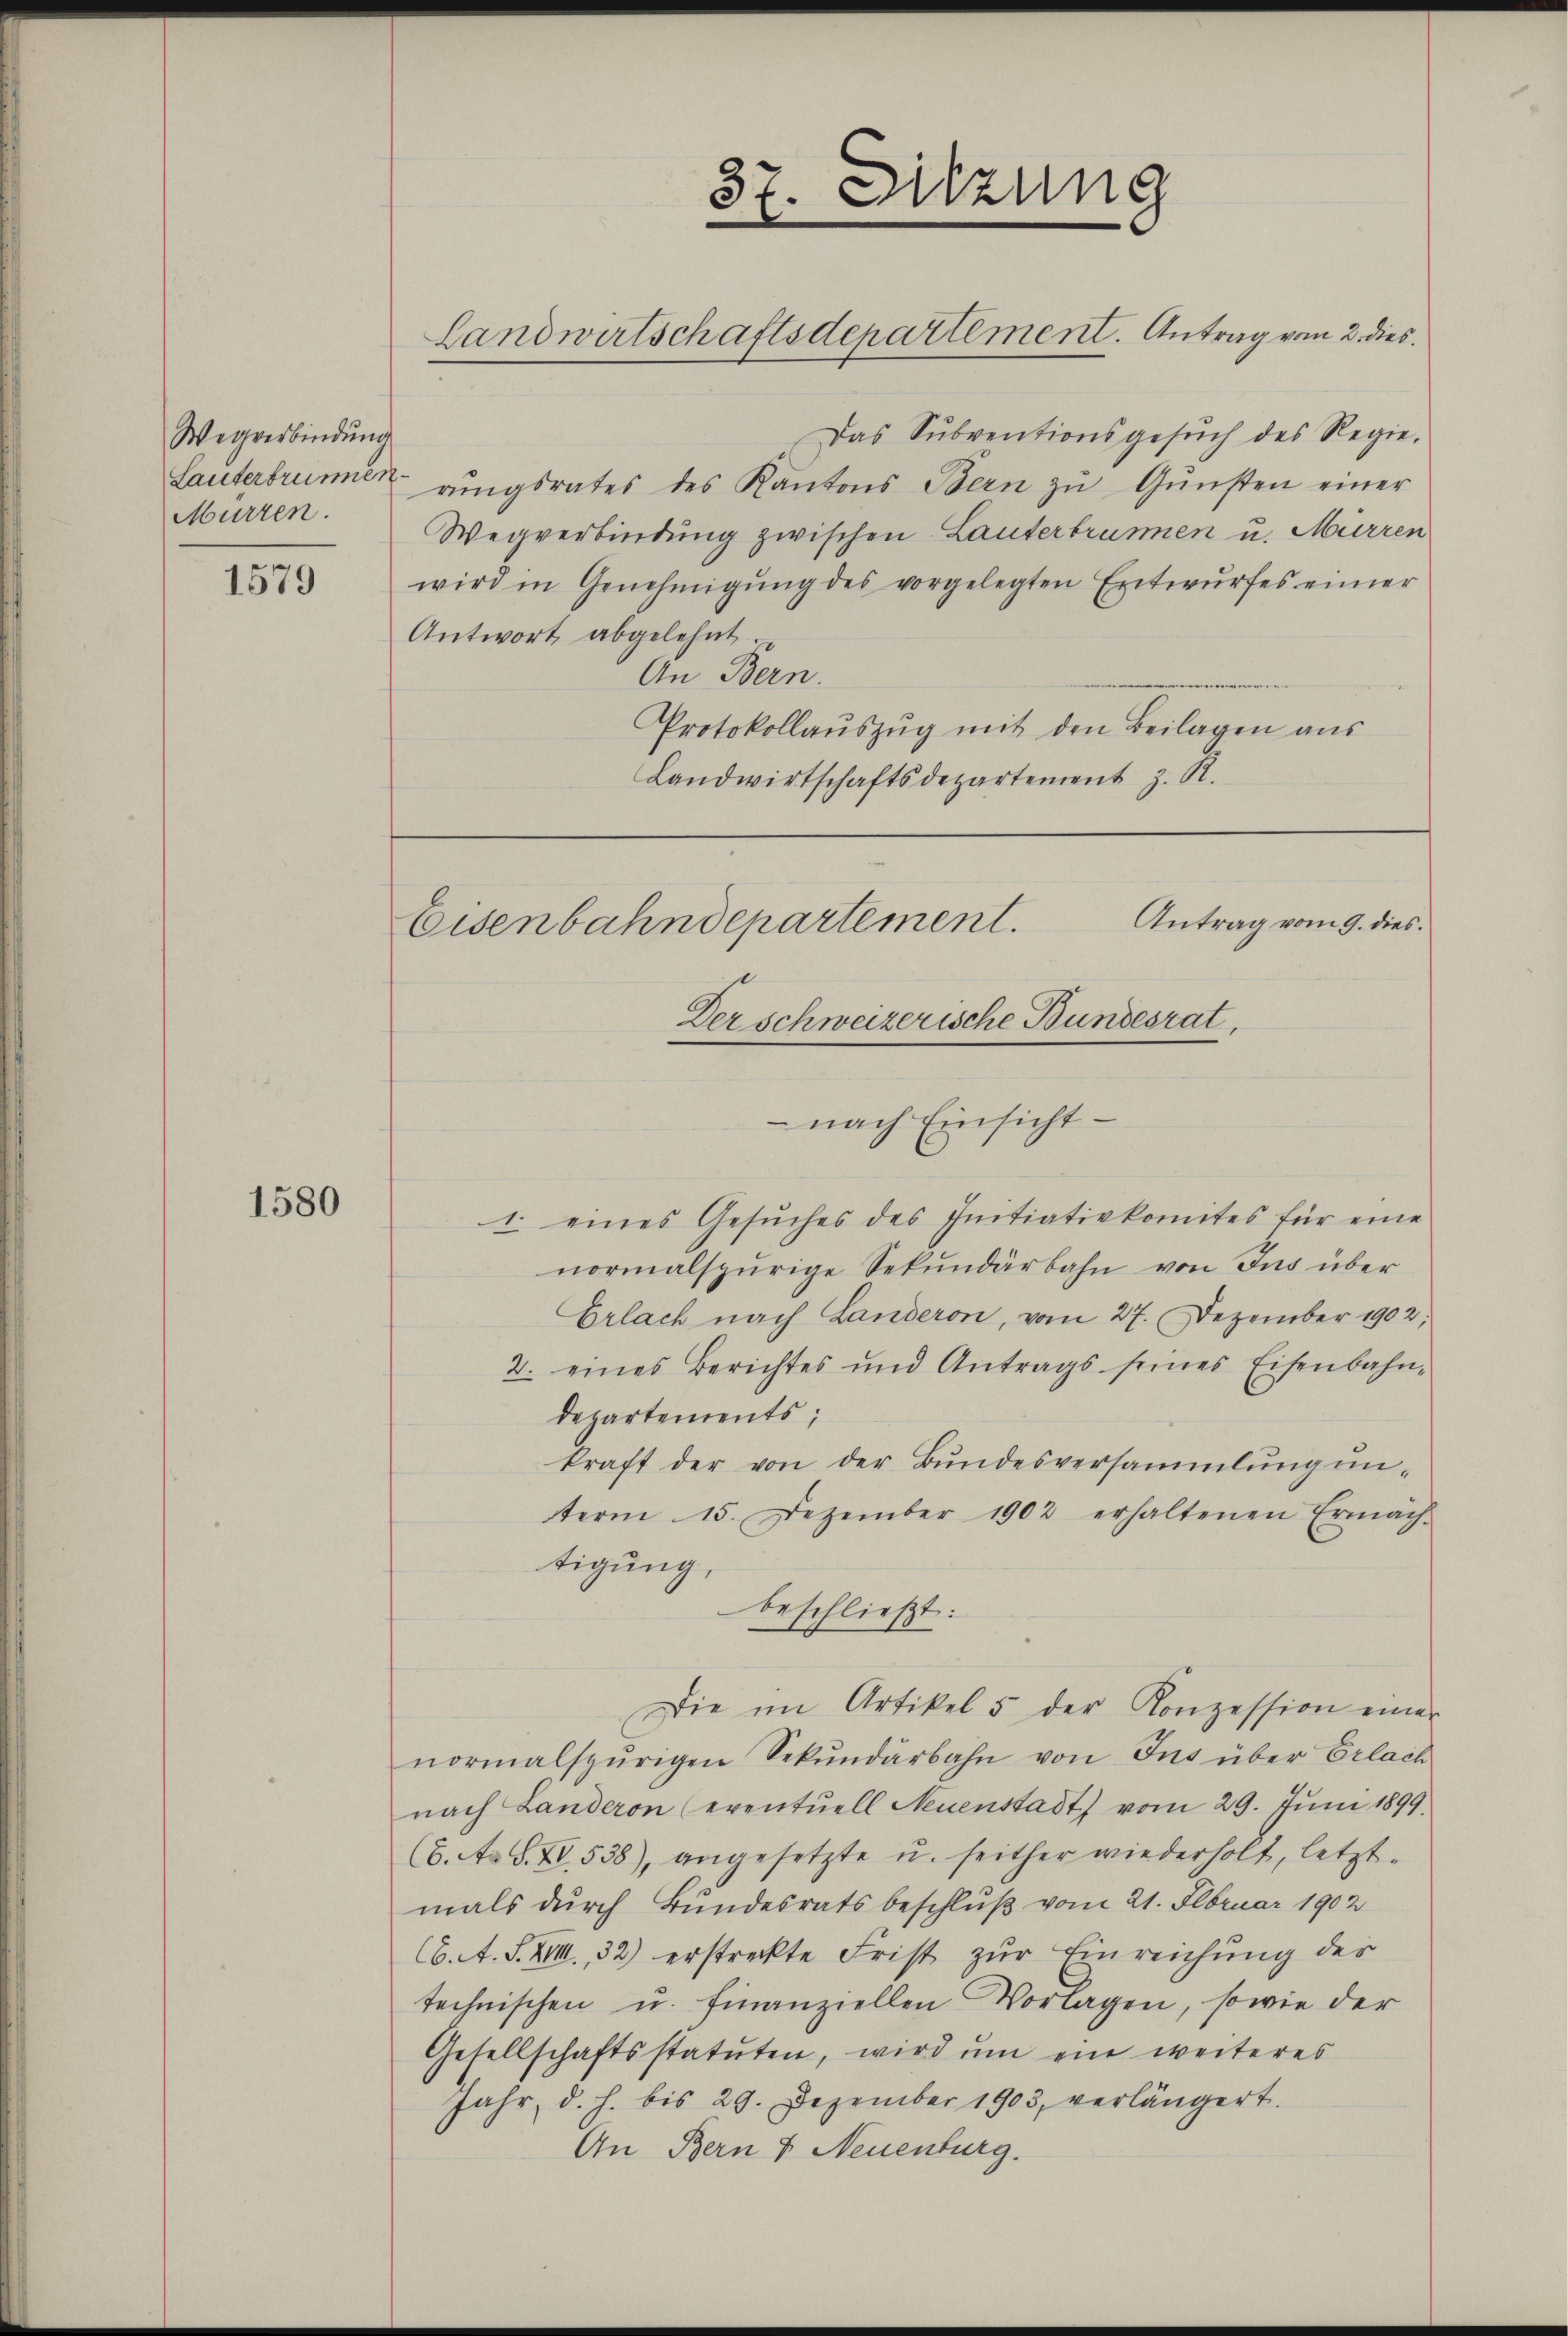
Wegverbindung
Lauterbrunnen
Mürren.

1579

1580

37. Sitzung

Eisenbahndepartement.
Der schweizerische Bundesrat.
nach Einsicht-

Landwirtschaftsdepartement. Antrag vom 2. dies

Das Subventionsgesŭch des Regie-
rŭngsrates des Kantons Bern zŭ Gŭnsten einer
Wegverbindung zwischen Lauterbrunnen u. Mürren
wird in Genehmigŭng des vorgelegten Entwŭrfes einer
Antwort abgelehnt
An Bern.
Protokollaŭszŭg mit den Beilagen aus
Landwirtschaftsdepartement z. R.

Antrag vom 9. dies

1. eines Gesŭches des Initiativkomites für eine
normalspurige Sekundärbahn von Ins über
Erlach nach Landeron, vom 27. Dezember 1902;
2. eines Berichtes und Antrags seines Eisenbahn-
Departements;
kraft der von der Bŭndesversammlŭng ŭn-
term 15. Dezember 1902 erhaltenen Ermäch-
tigung,
beschließt:
Die im Artikel 5 der Konzession einer
normalspurigen Sekŭndarbahn von Ins über Erlach
nach Landeron (eventuell Neuenstadt vom 29. Jŭni 1899.
(6. A. S. XV, 538), angesetzte u. seither wiederholt, letztmals durch Bundesratsbeschluß vom 21. Februar 1902
66. A. S. XVIII., 32) erstreckte Frist zŭr Einreichung der
technischen u. finanziellen Vorlagen, sowie der
Gesellschaftsstatuten, wird ŭm ein weiteres
Jahr, d. h. bis 29. Dezember 1903, verlängert.
An Bern & Neuenburg.